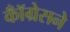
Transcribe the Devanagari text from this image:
कॉँग्रेसने